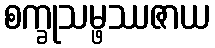
စက္ခုသမ္ဖဿဇာယ